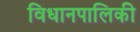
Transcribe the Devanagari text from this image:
विधानपालिकी